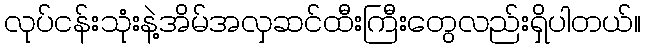
လုပ်ငန်းသုံးနဲ့အိမ်အလှဆင်ထီးကြီးတွေလည်းရှိပါတယ်။